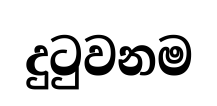
දුටුවනම